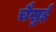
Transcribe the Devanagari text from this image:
चैसुई